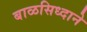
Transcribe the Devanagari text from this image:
बाळसिध्दाने